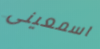
اسمعينى